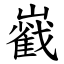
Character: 巀